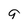
Character: 9